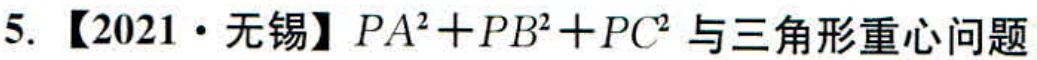
5. 【2021·无锡】$PA^{2}+PB^{2}+PC^{2}$与三角形重心问题